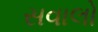
સવાલો